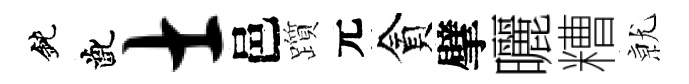
鈍齔士邑躓元貪擘曬糟𭕒